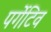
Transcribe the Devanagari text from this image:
पर्गेटिव